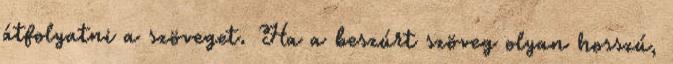
átfolyatni a szöveget. Ha a beszúrt szöveg olyan hosszú,